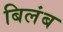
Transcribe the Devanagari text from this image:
बिलंब